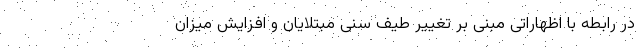
در رابطه با اظهاراتی مبنی بر تغییر طیف سنی مبتلایان و افزایش میزان